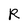
Character: R